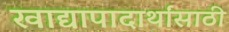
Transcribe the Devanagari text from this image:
खाद्यापादार्थांसाठी